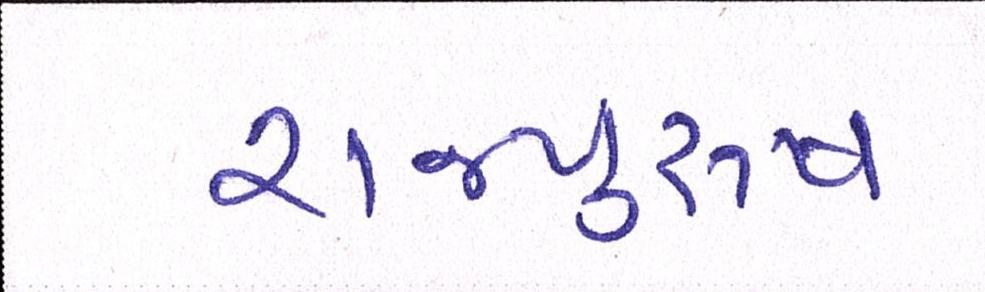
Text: રાજપુરુષ